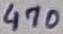
Text: 470